Eesti_Vabariigi_Tartu_Ulikool, lk 42
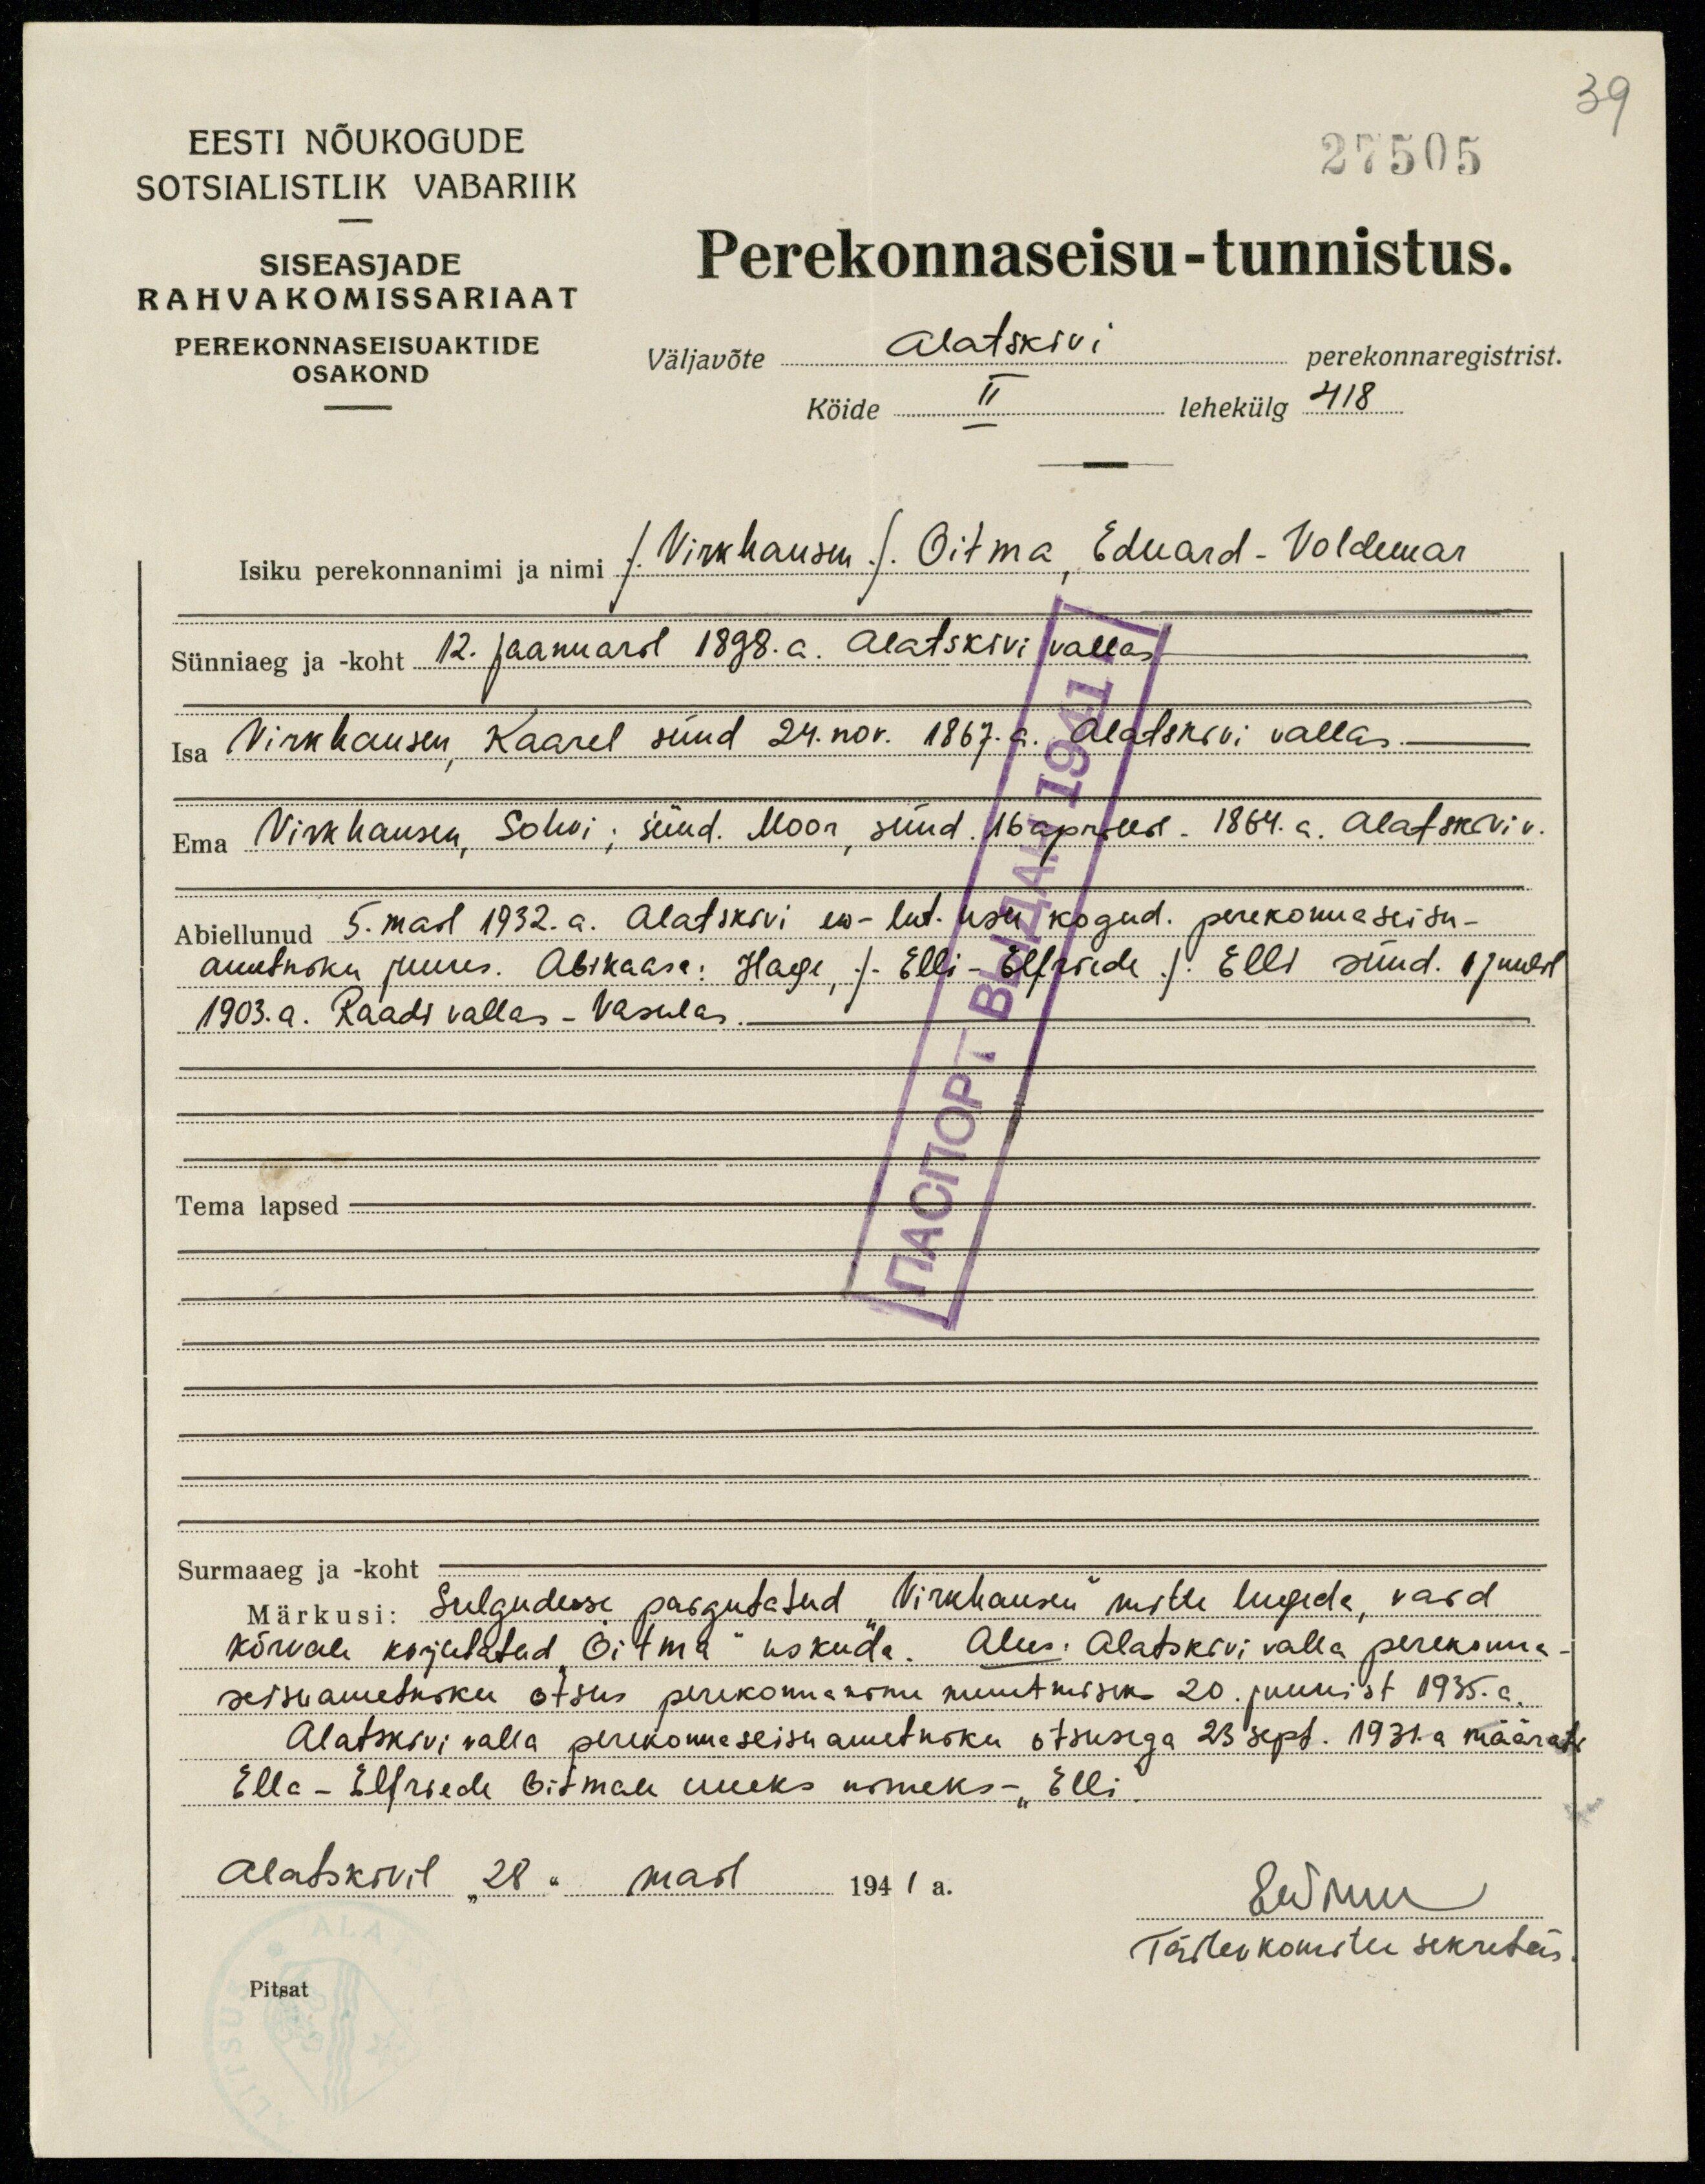
39
27505
EESTI NÕUKOGUDE
SOTSIALISTLIK VABARIIK
SISEASJADE
RAHVAKOMISSARIAAT
PEREKONNASEISUAKTIDE
OSAKOND
Perekonnaseisu-tunnistus.
Väljavõte Alatskivi perekonnangistrist.
Köide II lehekülg 418
Isiku perekonnanimi ja nimi /Virkhausen/ Oitma Eduard-Voldemar
Sünniaeg ja -koht 12. Jaanuaril 1898.a. Alatskivi vallas
Isa Virkhausen, Kaarel sünd 24. nov. 1867.a. Alatskivi vallas
Ema Virkhausen, Sohvi; süüd. Moor, sünd. 16 aprillil. 1864. a. Alatskivi v.
Abiellunud 5.mail 1932.a. Alatskivi ew-lut. usku kogud. perekonnaseisu-
ametniku juures. Abikaasa: Hage, /Elli - Elfriede / Elli sünd. 1 juulil
1903.a. Raadi vallas - Vasulas.
Tema lapsed -
Surmaaeg ja koht
Märkusi: Sulgudesse paigutatud "Virkhausen" mitte lugeda, vaid
kõrvale kirjutatud "Oitma" uskuda. Alus. Alatskivi valla perekonna-
seisu ametniku otsus perekonnanime muutmiseks 20. juunist 1935.a.
Alatskivi valla perekonneseisu ametniku otsusega 23 sept. 1931.a määrati
Ella - Elfriede Oitmale uueks nimeks - "Elli"
Alatskivil 28" mail 1941 a.
Ewmu
Täitevkomitee sekretär.
Pitsat